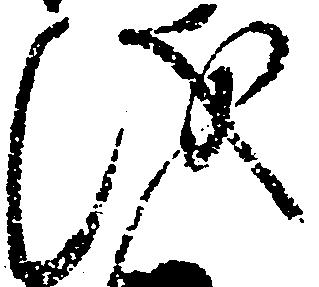
儀